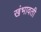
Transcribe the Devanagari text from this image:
खंभावती